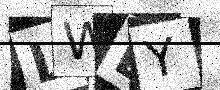
Text: LWBY